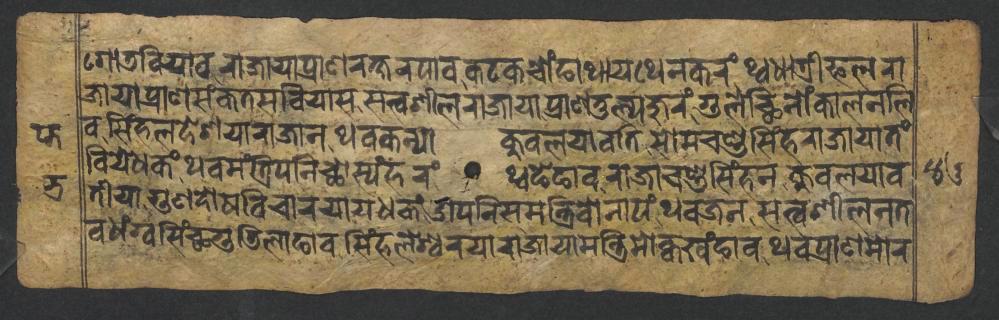
𑐐𑑀𑐜𑐧𑐶𑐫𑐵𑐰𑐬𑐵𑐖𑐵𑐫𑐵𑐥𑑂𑐬𑐵𑐞𑐬𑐎𑑂𑐲𑐬𑐥𑐵𑐰𑐎𑐚𑐎𑐔𑑀𑑄𑐒𑐵𑐠𑐵𑐫𑐠𑐾𑐣𑐎𑐬𑑄𑐠𑑂𑐰𑐢𑐵𑐟𑑂𑐬𑐷𑐦𑐮𑐬𑐵 𑐖𑐵𑐫𑐵𑐥𑑂𑐬𑐵𑐞𑐳𑑄𑐎𑐟𑐳𑐧𑐶𑐫𑐵𑐳𑐳𑐟𑑂𑐰𑐱𑐷𑐮𑐬𑐵𑐖𑐵𑐫𑐵𑐥𑑂𑐬𑐵𑐞𑐟𑐸𑐮𑑂𑐫𑐖𑐸𑐬𑑄𑐐𑐸𑐮𑐾𑐕𑐶𑐣𑑀𑑄𑐎𑐵𑐮𑐣𑐮𑐶 𑐰𑐳𑐶𑑄𑐴𑐮𑐡𑐾𑐱𑐫𑐵𑐬𑐵𑐖𑐵𑐣𑐠𑐰𑐎𑐣𑑂𑐫𑐵𑐎𑐸𑐰𑐮𑐫𑐵𑐰𑐟𑐶𑐳𑑀𑐩𑐔𑐞𑑂𑐜𑐳𑐶𑑄𑐴𑐬𑐵𑐖𑐵𑐫𑐵𑐟𑑄 𑐧𑐶𑐫𑐾𑐢𑐎𑑄𑐠𑐰𑐩𑑄𑐟𑑂𑐬𑐶𑐥𑐣𑐶𑐕𑑀𑐳𑑂𑐫𑑄𑐴𑐬𑑄𑐠𑑂𑐰𑐒𑐾𑐒𑐵𑐰𑐬𑐵𑐖𑐵𑐔𑐞𑑂𑐜𑐳𑐶𑑄𑐴𑐣𑐎𑐸𑐰𑐮𑐫𑐵𑐰 𑐟𑐷𑐫𑐵𑐐𑐸𑐞𑐡𑑀𑐲𑐰𑐶𑐔𑐵𑐬𑐫𑐵𑐫𑐢𑐎𑑄𑐌𑐥𑐣𑐶𑐳𑐩𑐣𑑂𑐟𑑂𑐬𑐶𑐰𑑀𑐣𑐵𑐥𑑄𑐠𑐰𑐖𑐣𑐳𑐟𑑂𑐰𑐱𑐷𑐮𑐣𑐟 𑐰𑐢𑑄𑐐𑑂𑐰𑐳𑐶𑑄𑐕𑐐𑐸𑐜𑐶𑐮𑐵𑐒𑐵𑐰𑐳𑐶𑑄𑐴𑐮𑐾𑐱𑑂𑐰𑐬𑐫𑐵𑐬𑐵𑐖𑐵𑐫𑐵𑐩𑐣𑑂𑐟𑑂𑐬𑐶𑐩𑑀𑐎𑑂𑐰𑐏𑑄𑐒𑐵𑐰𑐠𑐰𑐥𑑂𑐬𑐵𑐞𑐩𑑀𑐬